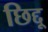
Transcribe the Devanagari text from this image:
छिद्दू